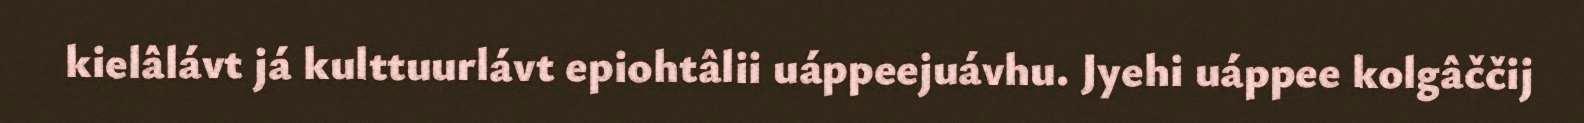
kielâlávt já kulttuurlávt epiohtâlii uáppeejuávhu. Jyehi uáppee kolgâččij